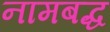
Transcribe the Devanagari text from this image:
नामबद्ध